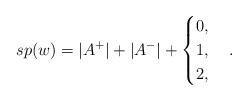
LaTeX: \begin{align*}sp(w)=\lvert A^+\rvert+\lvert A^-\rvert+\begin{cases}0,& \\1,& \\2,& \end{cases}.\end{align*}